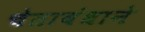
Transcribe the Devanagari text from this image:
चेताबंधाने